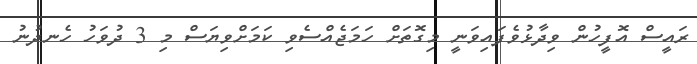
ރައީސް އޮފީހުން ވިދާޅުވެފައިވަނީ މިގޮތަށް ހަމަޖެއްސެވި ކަމަށްވިޔަސް މި 3 ދުވަހު ހެނދުނު